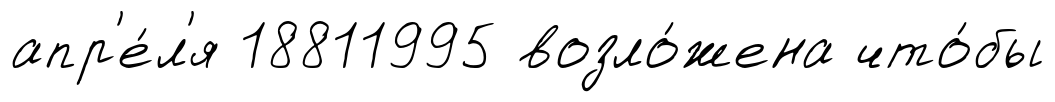
апр'е́л'я 18811995 возло́жена что́бы